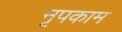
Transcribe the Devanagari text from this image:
नृपकाम